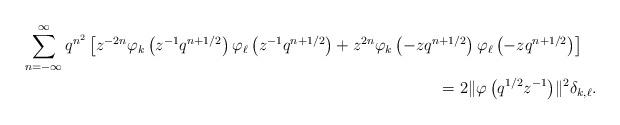
LaTeX: \begin{align*} \sum_{n=-\infty}^{\infty}q^{n^{2}}&\left[z^{-2n}\varphi_{k}\left(z^{-1}q^{n+1/2}\right)\varphi_{\ell}\left(z^{-1}q^{n+1/2}\right)+z^{2n}\varphi_{k}\left(-zq^{n+1/2}\right)\varphi_{\ell}\left(-zq^{n+1/2}\right)\right]\\ &\hskip254pt=2\|\varphi\left(q^{1/2}z^{-1}\right)\!\|^{2}\delta_{k,\ell}. \end{align*}